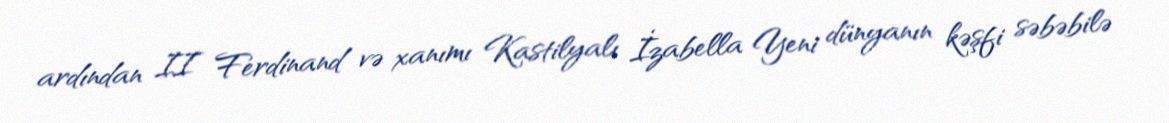
ardından II Ferdinand və xanımı Kastilyalı İzabella Yeni dünyanın kəşfi səbəbilə